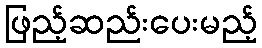
ဖြည့်ဆည်းပေးမည့်